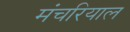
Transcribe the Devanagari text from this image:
मंचरियाल